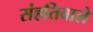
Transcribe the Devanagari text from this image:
संहतिवाले